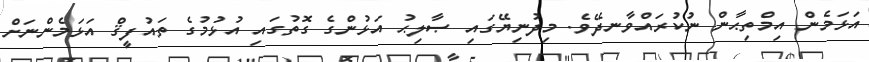
އަޅަމެން އިމްތިޙާން ނުކުރައްވާނދޭވެ. މިދުނިޔޭގައި ޞާލިޙު އަޅުންގެ ގޮތުގައި އުޅުމުގެ ތައުފީޤް އަޅަމެންނަށް